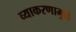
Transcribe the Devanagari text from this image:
व्याकरणामुळे